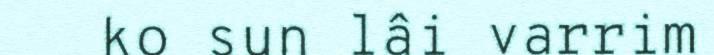
ko sun lâi varrim